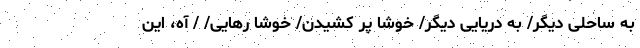
به ساحلی دیگر/ به دریایی دیگر/ خوشا پر کشیدن/ خوشا رهایی/ / آه، این